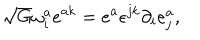
\sqrt { G } \omega _ { i } ^ { a } e ^ { a k } = e ^ { a } \epsilon ^ { j k } \partial _ { i } e _ { j } ^ { a } ,